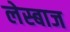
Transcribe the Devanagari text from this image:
लेस्बाज